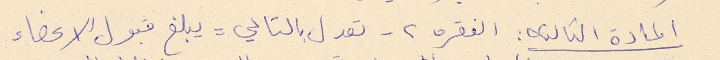
المادة الثالثه : الفقره ٢- تعدل بالتالي = يبلغ قبول الاعضاء